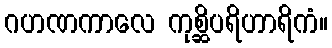
ဂဟဏကာလေ ကုစ္ဆိပရိဟာရိကံ။